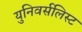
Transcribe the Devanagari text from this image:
युनिवर्सलिस्ट